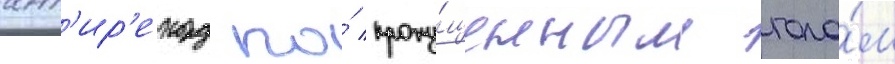
ант'ир'екорд по́ пропу́щенным гола́м